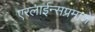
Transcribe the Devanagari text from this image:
एरलाईन्सप्रमाणे